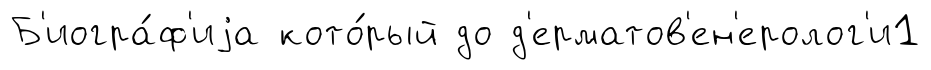
Б'иогра́ф'иjа кото́рый до д'ерматов'ен'еролог'и1